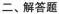
二、解答题